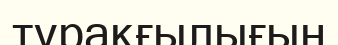
тұрақғылығын